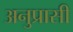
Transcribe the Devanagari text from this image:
अनुप्रासी